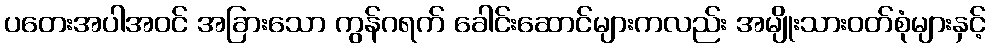
ပတေးအပါအဝင် အခြားသော ကွန်ဂရက် ခေါင်းဆောင်များကလည်း အမျိုးသားဝတ်စုံများနှင့်